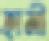
হামী